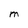
Character: M